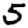
Digit: 5